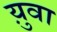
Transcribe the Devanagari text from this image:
य़ुवा